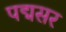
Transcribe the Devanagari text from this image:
पद्मसर